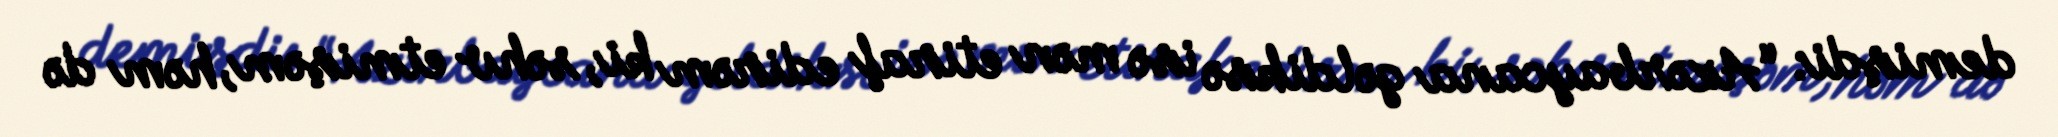
demişdi: “Azərbaycana gəldiksə isə mən etiraf edirəm ki, səhv etmişəm, həm də